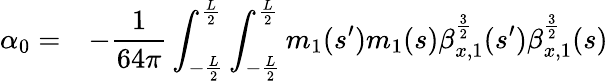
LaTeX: \begin{array}{cl}{\displaystyle\alpha_{0}=}&{\displaystyle-\frac{1}{64\pi}\int_{-\frac{L}{2}}^{\frac{L}{2}}{\int_{-\frac{L}{2}}^{\frac{L}{2}}{m_{1}(s^{\prime})m_{1}(s)\beta_{x,1}^{\frac{3}{2}}(s^{\prime})\beta_{x,1}^{\frac{3}{2}}(s)}}}\end{array}